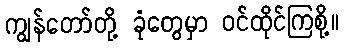
ကျွန်တော်တို့ ခုံတွေမှာ ဝင်ထိုင်ကြစို့။